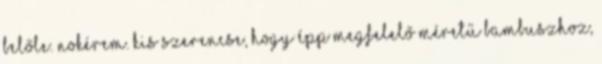
belőle. Nokérem. Kis szerencse, hogy épp megfelelő méretű bambuszhoz,